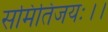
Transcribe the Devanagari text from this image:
समितिंजयः।।